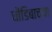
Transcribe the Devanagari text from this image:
धोंडिबाच्या